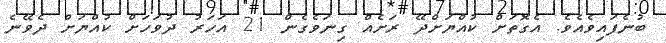
ބުނެފައިވެއެވެ. އެގޮތަށް ކުއްޔަށްދޭ ރަށެއް ގިނަވެގެން 21 އަހަރު ދުވަހަށް ކުއްޔަށް ދެވޭނެ